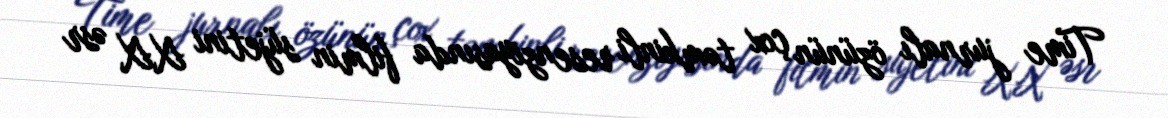
Time jurnalı özünün çox təmkinli resenziyasında filmin süjetini XX əsr